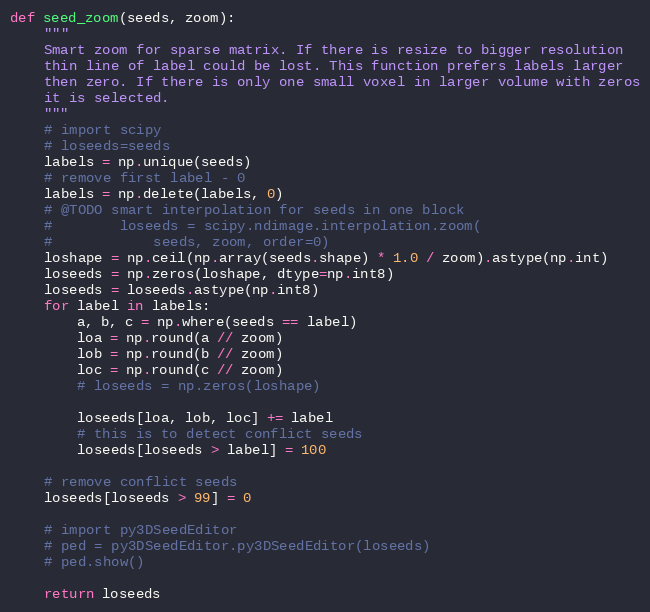
Language: Python
def seed_zoom(seeds, zoom):
    """
    Smart zoom for sparse matrix. If there is resize to bigger resolution
    thin line of label could be lost. This function prefers labels larger
    then zero. If there is only one small voxel in larger volume with zeros
    it is selected.
    """
    # import scipy
    # loseeds=seeds
    labels = np.unique(seeds)
    # remove first label - 0
    labels = np.delete(labels, 0)
    # @TODO smart interpolation for seeds in one block
    #        loseeds = scipy.ndimage.interpolation.zoom(
    #            seeds, zoom, order=0)
    loshape = np.ceil(np.array(seeds.shape) * 1.0 / zoom).astype(np.int)
    loseeds = np.zeros(loshape, dtype=np.int8)
    loseeds = loseeds.astype(np.int8)
    for label in labels:
        a, b, c = np.where(seeds == label)
        loa = np.round(a // zoom)
        lob = np.round(b // zoom)
        loc = np.round(c // zoom)
        # loseeds = np.zeros(loshape)

        loseeds[loa, lob, loc] += label
        # this is to detect conflict seeds
        loseeds[loseeds > label] = 100

    # remove conflict seeds
    loseeds[loseeds > 99] = 0

    # import py3DSeedEditor
    # ped = py3DSeedEditor.py3DSeedEditor(loseeds)
    # ped.show()

    return loseeds